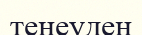
теңеуден